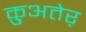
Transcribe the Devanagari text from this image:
क़ुअतेर्